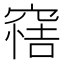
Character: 𥦿